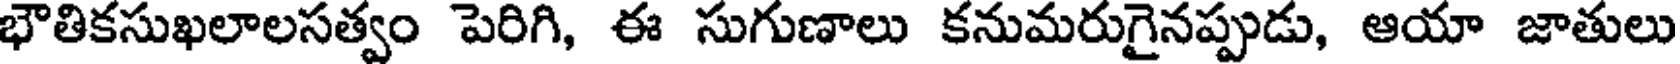
భౌతికసుఖలాలసత్వం పెరిగి, ఈ సుగుణాలు కనుమరుగైనప్పుడు, ఆయా జాతులు